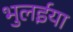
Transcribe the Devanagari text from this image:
भुलईया